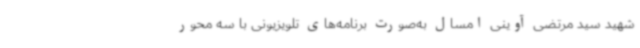
شهید سید مرتضی آوینی امسال به‌صورت برنامه‌های تلویزیونی با سه محور